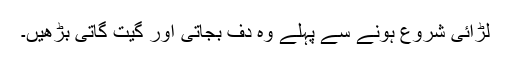
لڑائی شروع ہونے سے پہلے وہ دف بجاتی اور گیت گاتی بڑھیں۔